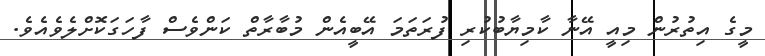
މީގެ އިތުރުން މިއީ އޭނާ ކާމިޔާބުކުރި ފުރަތަމަ އޭބީއެން މުބާރާތް ކަންވެސް ފާހަގަކޮށްލެވެއެވެ.